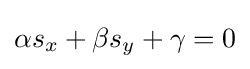
\alpha s_{x}+\beta s_{y}+\gamma =0